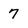
Character: 7